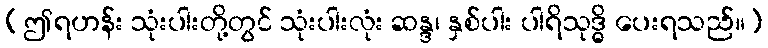
(ဤရဟန်း သုံးပါးတို့တွင် သုံးပါးလုံး ဆန္ဒ၊ နှစ်ပါး ပါရိသုဒ္ဓိ ပေးရသည်။)